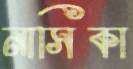
নাসিকা